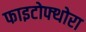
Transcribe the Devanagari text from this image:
फाइटोफ्थोरा